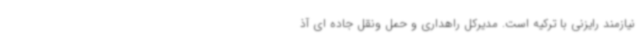
نیازمند رایزنی با ترکیه است. مدیرکل راهداری و حمل ونقل جاده ای آذ